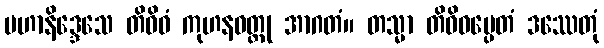
မဟာနိဒ္ဒေသေ တိဝိဓံ ကုဟနဝတ္ထု အာဂတံ။ တသ္မာ တိဝိဓမ္ပေတံ ဒဿေတုံ